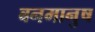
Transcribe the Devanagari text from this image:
बनमानुष